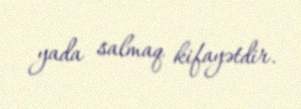
yada salmaq kifayətdir.